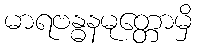
မာရဗန္ဓနမုတ္တောမှိ